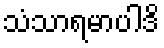
သံသာရမာပါဒိ